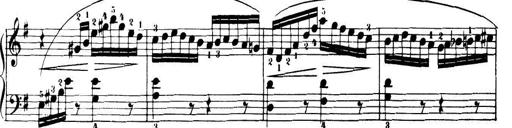
Title: 32 Sonatinas and Rondos for the Piano
Composer: Richard Kleinmichel